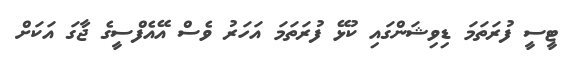
ޓީސީ ފުރަތަމަ ޑިވިޝަންގައި ކުޅޭ ފުރަތަމަ އަހަރު ވެސް އޭއެފްސީގެ ޖާގަ އަކަށް